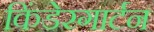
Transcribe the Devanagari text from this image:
किंडेरगार्टन